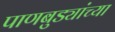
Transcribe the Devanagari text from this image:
पाणबुड्यांच्या